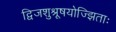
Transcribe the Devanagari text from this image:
द्विजशुश्रूषयोज्झिताः